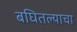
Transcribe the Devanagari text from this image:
बघितल्याचा